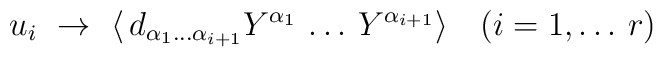
u_i~\to~\langle \, d_{\alpha_1\dots\alpha_{i+1}} Y^{\alpha_1}\,\dots\, Y^{\alpha_{i+1}} \rangle \quad (i=1,\dots \, r)